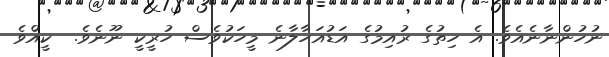
ނުހުންނާނެއެވެ. އެ ހިތުގެ ރުއިމުގެ އަޑުއަހާލާނެ މީހަކުވެސް ހުރީކީ ނޫނެވެ.  ކީއްވެ